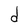
Character: d